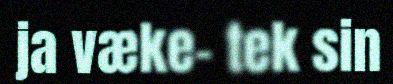
ja væke- tek sin